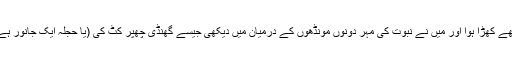
پھر میں آپﷺ کی پیٹھ کے پیچھے کھڑا ہوا اور میں نے نبوت کی مہر دونوں مونڈھوں کے درمیان میں دیکھی جیسے گھنڈی چھپر کٹ کی (یا حجلہ ایک جانور ہے اس کے انڈے کی طرح تھی)۔